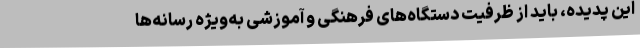
این پدیده، باید از ظرفیت دستگاه‌های فرهنگی و آموزشی به‌ویژه رسانه‌ها